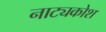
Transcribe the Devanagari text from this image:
नाट्यकोश